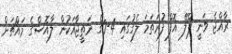
ރާއްޖެ ވަނީ ޕްލޭ އޮފް ފުރަތަމަ ލެގުގައި 4-0ގެ ނަތީޖާއަކުން ލާއޮސްގެ މައްޗަށް